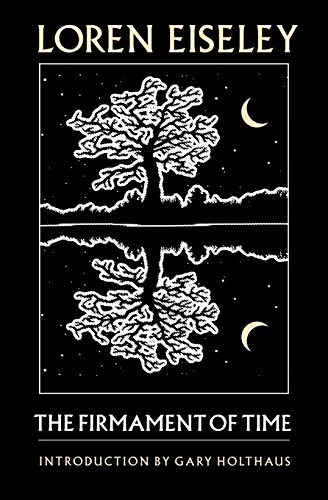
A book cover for The Firmament of Time; Loren Eiseley; Humor & Entertainment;